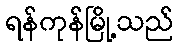
ရန်ကုန်မြို့သည်